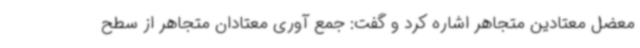
معضل معتادین متجاهر اشاره کرد و گفت: جمع آوری معتادان متجاهر از سطح